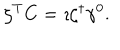
LaTeX: \zeta ^ { T } C = \imath \zeta ^ { \dagger } \gamma ^ { 0 } .